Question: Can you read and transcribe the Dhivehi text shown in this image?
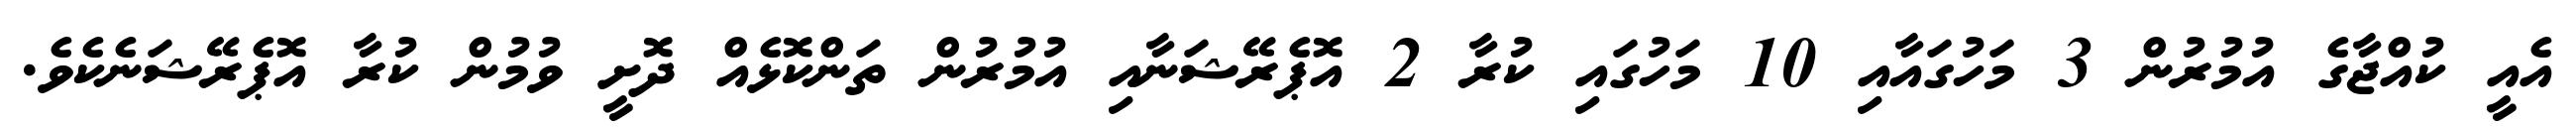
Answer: އެއީ ކުއްޖާގެ އުމުރުން 3 މަހުގައާއި 10 މަހުގައި ކުރާ 2 އޮޕެރޭޝަނާއި އުމުރުން ތަންކޮޅެއް ދޮށީ ވުމުން ކުރާ އޮޕެރޭޝަނެކެވެ.